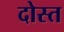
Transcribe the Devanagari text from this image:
दोस्त